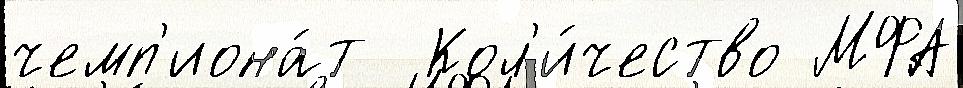
чемп'иона́т  Кол'и́чество МФА